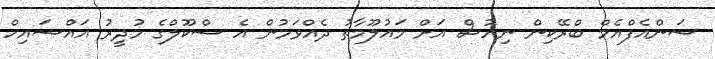
ސަންއެފްއެމް ބްރޭކިން ނިއުސް އަށް މައުލޫމާތު ދެއްވަމުން އެ ސްކޫލްގެ މުދީރު އައްޝައިހް